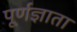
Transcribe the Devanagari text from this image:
पूर्णज्ञाता